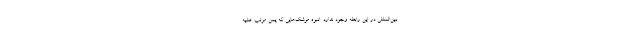
بین‌المللی در این رابطه وجود ندارد. انبوه موشک‌هایی که یمن مرتب علیه